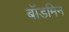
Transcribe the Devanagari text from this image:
बॉडमिन